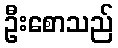
ဦးစောသည်